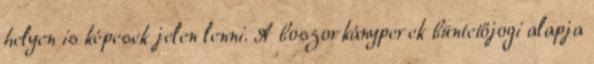
helyen is képesek jelen lenni. A boszorkányperek büntetőjogi alapja